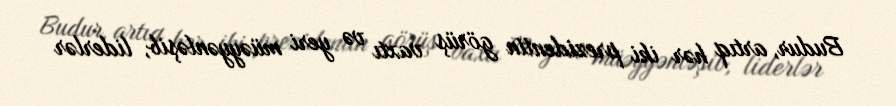
Budur, artıq hər iki prezidentin görüş vaxtı və yeri müəyyənləşib, liderlər